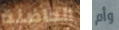
الحاضنة وأم